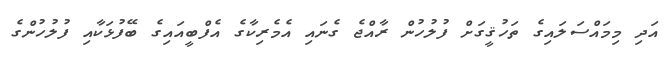
އަދި މިމައްސަލައިގެ ތަހުޤީގަށް ފުލުހުން ރާއްޖެ ގެނައި އެމެރިކާގެ އެފްބީއައިގެ ބޭފުޅަކާއި ފުލުހުންގެ